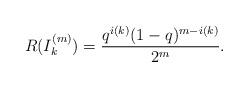
LaTeX: \begin{align*}R(I_{k}^{(m)})=\frac{q^{i(k)}(1-q)^{m-i(k)}}{2^{m}}.\end{align*}